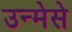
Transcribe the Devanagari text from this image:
उन्मेसे